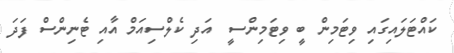
ކައްޓަލައިގައި ވިޓަމިން ބީ ވިޓަމިންސީ  އަދި ކެލްސިއަމް އާއި ޓެނިންސް ފަދަ